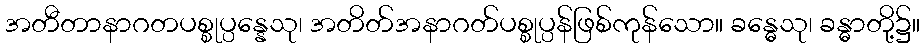
အတီတာနာဂတပစ္စုပ္ပန္နေသု၊ အတိတ်အနာဂတ်ပစ္စုပ္ပန်ဖြစ်ကုန်သော။ ခန္ဓေသု၊ ခန္ဓာတို့၌။